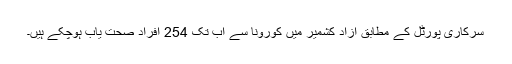
سرکاری پورٹل کے مطابق آزاد کشمیر میں کورونا سے اب تک 254 افراد صحت یاب ہوچکے ہیں۔